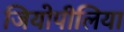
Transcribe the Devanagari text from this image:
जियोपीलिया